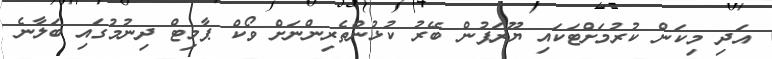
އަދި މިކަން ކުރުމަށްޓަކަައި ޔޫރަޕުން ބޭރު ކުޅުންތެރިންނަށް ވޯކް ޕާމިޓް ދިނުމުގައި ބަލާނެ